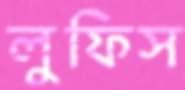
লুফিস